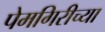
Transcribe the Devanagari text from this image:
पेमगिरीच्या